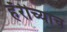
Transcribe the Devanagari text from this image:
हॅरीच्याच